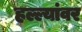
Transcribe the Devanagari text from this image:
हल्ल्यांवर